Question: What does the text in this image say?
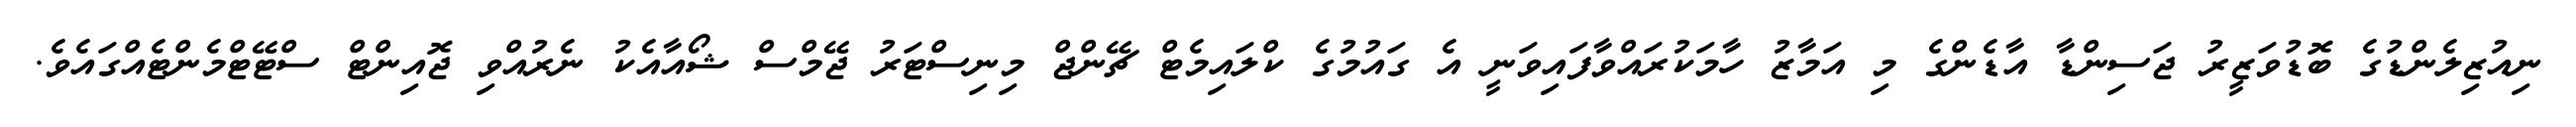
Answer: ނިއުޒިލެންޑުގެ ބޮޑުވަޒީރު ޖަސިންޑާ އާޑެންގެ މި އަމާޒު ހާމަކުރައްވާފައިވަނީ އެ ގައުމުގެ ކްލައިމެޓް ޗޭންޖް މިނިސްޓަރު ޖޭމްސް ޝޯއާއެކު ނެރުއްވި ޖޮއިންޓް ސްޓޭޓްމެންޓެއްގައެވެ.